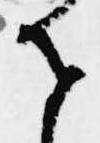
せ